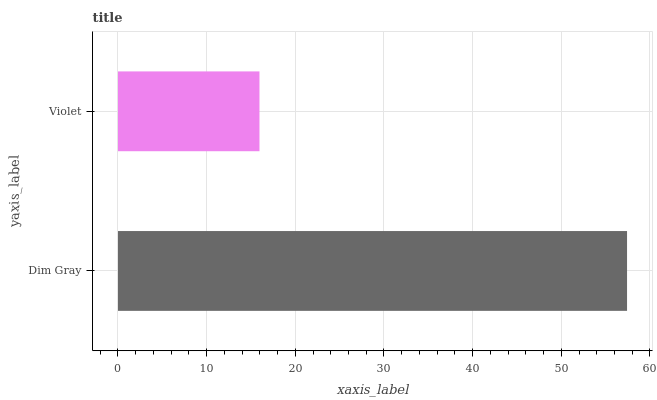
| yaxis_label | bars |
 | --- | --- |
 | Dim Gray | 57.4 |
 | Violet | 16 |